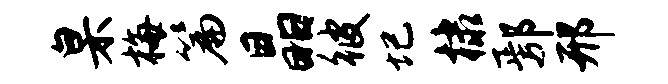
臬梅篇晶彼圮棣鄢邢